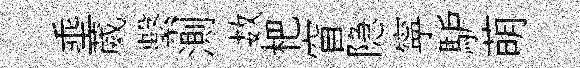
埀葳繫測数杷窅隐寜馿萌